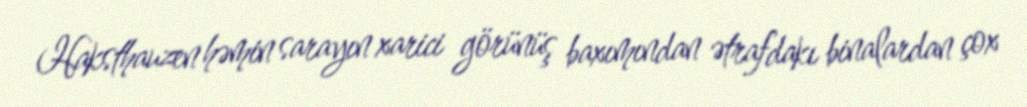
Haksthauzen həmin sarayın xarici görünüş baxımından ətrafdakı binalardan çox